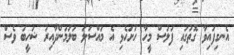
އެނގިފައިވާ ގޮތުގައި ފުލުސް މީހާ ހުށަހެޅި އެ މައްސަލަ ބަލަމުންދާއިރު ޝަހީބު ވެސް